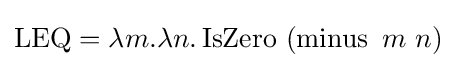
\operatorname {LEQ} =\lambda m.\lambda n.\operatorname {IsZero} \ (\operatorname {minus} \ m\ n)